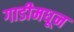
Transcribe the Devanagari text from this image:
गाडीमधून